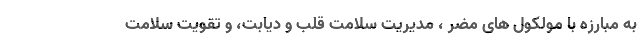
به مبارزه با مولکول های مضر ، مدیریت سلامت قلب و دیابت، و تقویت سلامت